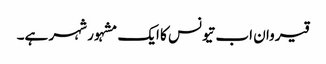
قیروان اب تیونس کا ایک مشہور شہر ہے۔